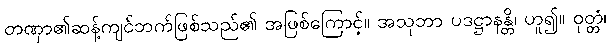
တဏှာ၏ဆန့်ကျင်ဘက်ဖြစ်သည်၏ အဖြစ်ကြောင့်။ အသုဘာ ပဒဋ္ဌာနန္တိ၊ ဟူ၍။ ဝုတ္တံ၊